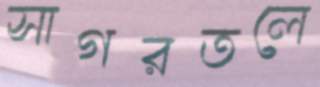
সাগরতলে